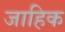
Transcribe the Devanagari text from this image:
जाहिक